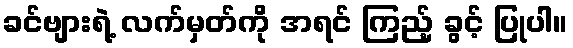
ခင်ဗျားရဲ့ လက်မှတ်ကို အရင် ကြည့် ခွင့် ပြုပါ။